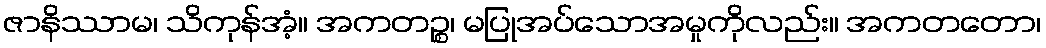
ဇာနိဿာမ၊ သိကုန်အံ့။ အကတဉ္စ၊ မပြုအပ်သောအမှုကိုလည်း။ အကတတော၊